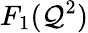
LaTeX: F_{1}(\mathcal{Q}^{2})